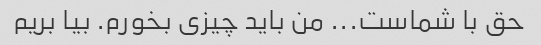
حق با شماست... من باید چیزی بخورم. بیا بریم